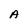
Character: A